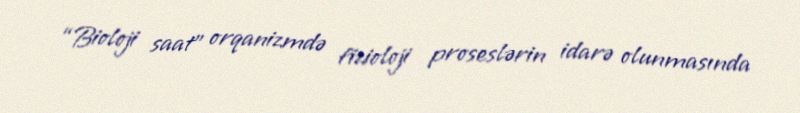
“Bioloji saat” orqanizmdə fizioloji proseslərin idarə olunmasında